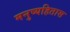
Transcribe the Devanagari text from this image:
मनुष्यहितास